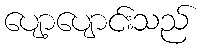
ပျော့ပျောင်းသည်